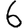
Digit: 6